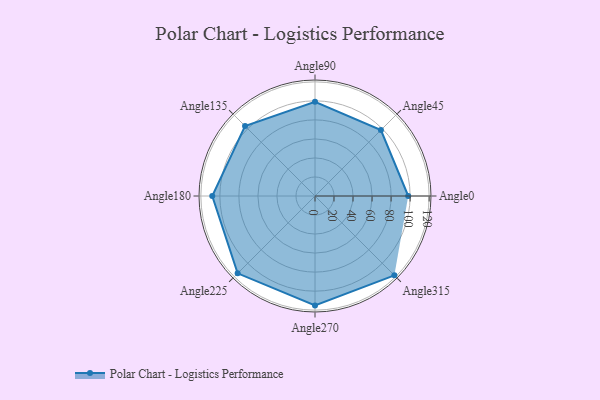
{"axis": {"x": "Angle", "y": "Radius"}, "legend": [""], "data": [{"x": "Angle0", "y": 98.0, "type": ""}, {"x": "Angle45", "y": 98.0, "type": ""}, {"x": "Angle90", "y": 99.0, "type": ""}, {"x": "Angle135", "y": 104.0, "type": ""}, {"x": "Angle180", "y": 108.0, "type": ""}, {"x": "Angle225", "y": 115.0, "type": ""}, {"x": "Angle270", "y": 115.0, "type": ""}, {"x": "Angle315", "y": 118.0, "type": ""}]}